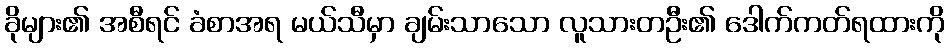
ခိုများ၏ အစီရင် ခံစာအရ မယ်သီမှာ ချမ်းသာသော လူသားတဦး၏ ဒေါက်ကတ်ရထားကို